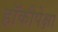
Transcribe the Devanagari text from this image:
हॉकीपेक्षा